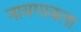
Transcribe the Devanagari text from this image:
नायगावला